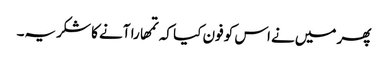
پھر میں‌نے اس کو فون کیا کہ تمھارا آنے کا شکریہ۔